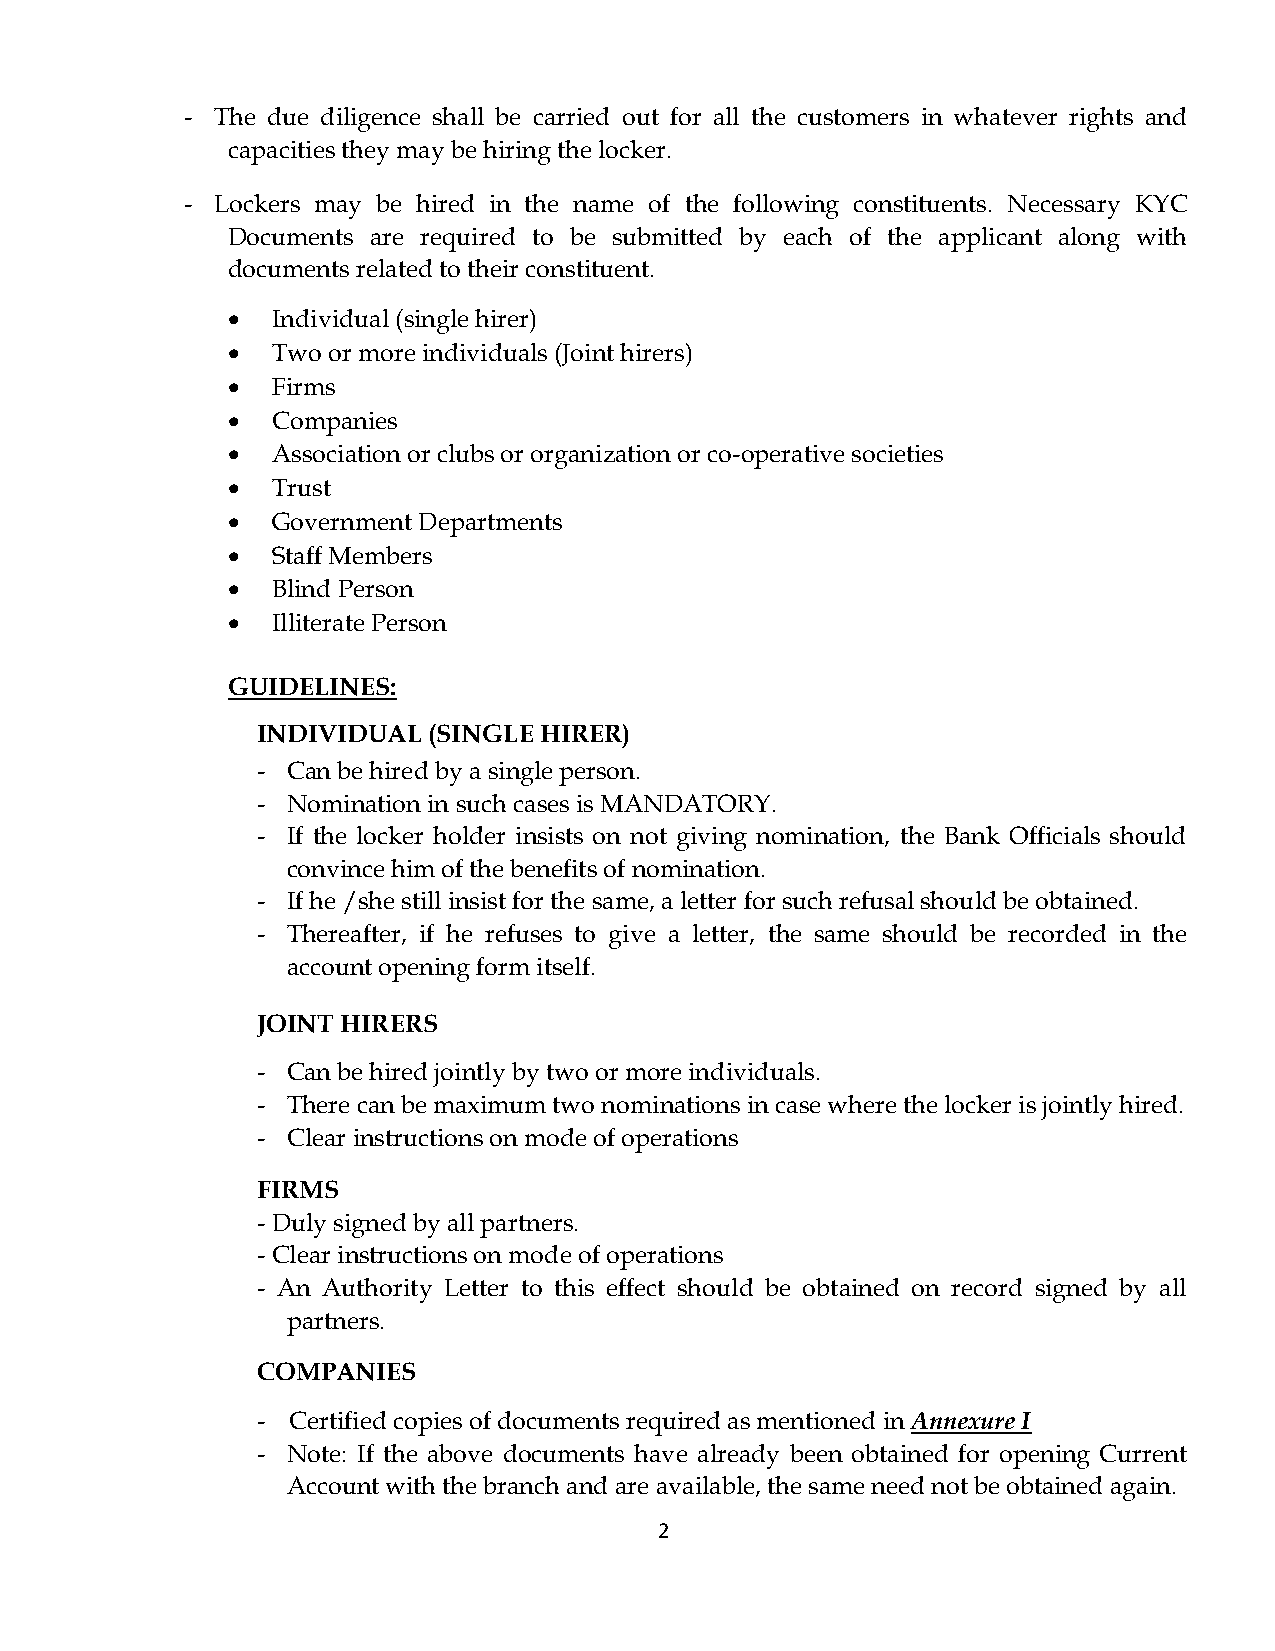
- The due diligence shall be carried out for all the customers in whatever rights and
 capacities they may be hiring the locker.
 - Lockers may be hired in the name of the following constituents. Necessary KYC
 Documents are required to be submitted by each of the applicant along with
 documents related to their constituent.
   Individual (single hirer)
   Two or more individuals (Joint hirers)
   Firms
   Companies
   Association or clubs or organization or co-operative societies
   Trust
   Government Departments
   Staff Members
   Blind Person
   Illiterate Person
 GUIDELINES:
 INDIVIDUAL (SINGLE HIRER)
 - Can be hired by a single person.
 - Nomination in such cases is MANDATORY.
 - If the locker holder insists on not giving nomination, the Bank Officials should
 convince him of the benefits of nomination.
 - If he /she still insist for the same, a letter for such refusal should be obtained.
 - Thereafter, if he refuses to give a letter, the same should be recorded in the
 account opening form itself.
 JOINT HIRERS
 - Can be hired jointly by two or more individuals.
 - There can be maximum two nominations in case where the locker is jointly hired.
 - Clear instructions on mode of operations
 FIRMS
 - Duly signed by all partners.
 - Clear instructions on mode of operations
 - An Authority Letter to this effect should be obtained on record signed by all
 partners.
 COMPANIES
 - Certified copies of documents required as mentioned in Annexure I
 - Note: If the above documents have already been obtained for opening Current
 Account with the branch and are available, the same need not be obtained again.
 2